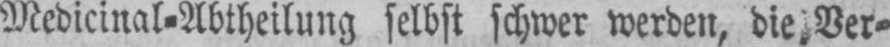
Medicinal⸗Abtheilung selbst schwer werden, die Ver⸗